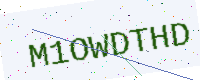
Text: M1OWDTHD